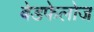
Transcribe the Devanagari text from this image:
बेडफेलोज